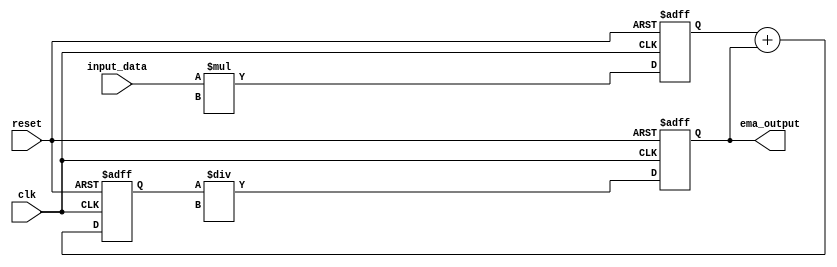
module ema_accumulator (
  input wire clk,
  input wire reset,
  input wire [31:0] input_data,
  output reg [31:0] ema_output
);

reg [31:0] weighted_input;
reg [31:0] smoothed_input;

always @ (posedge clk or posedge reset) begin
  if (reset) begin
    ema_output <= 0;
    weighted_input <= 0;
    smoothed_input <= 0;
  end else begin
    weighted_input <= (input_data * decay_factor); // Perform multiplication
    smoothed_input <= (weighted_input + ema_output); // Perform addition
    ema_output <= (smoothed_input / divisor); // Perform division
  end
end

endmodule